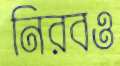
নিরবও